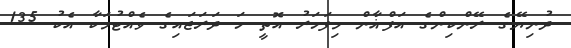
ދުނިޔޭގެ ރޭންކިންގެ އަފްޣާން މިފަހަރު އޮތީ ހަ ދަރަޖައިގެ ވެއްޓުމަކާ އެކު 135